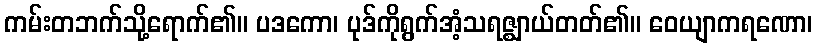
ကမ်းတဘက်သို့ရောက်၏။ ပဒကော၊ ပုဒ်ကိုရွက်အံ့သရဇ္ဈာယ်တတ်၏။ ဝေယျာကရဏော၊